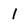
Character: 1